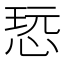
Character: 𰑨